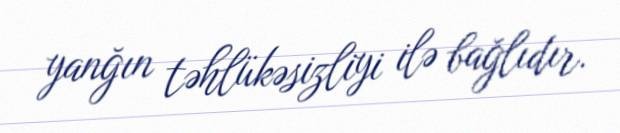
yanğın təhlükəsizliyi ilə bağlıdır.